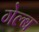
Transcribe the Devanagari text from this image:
गेल्ब